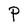
Character: P